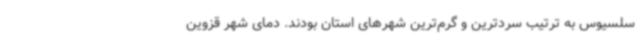
سلسیوس به ترتیب سردترین و گرم‌ترین شهرهای استان بودند. دمای شهر قزوین